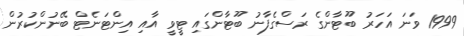
1999 ވަނަ އަހަރު ބޫޓާންގެ ރަސްގެފާނު ބޫޓާންގައި ޓީވީ އާއި އިންޓަނެޓް ބޭނުންކުރުން